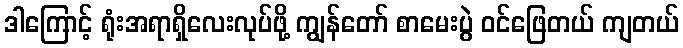
ဒါကြောင့် ရုံးအရာရှိလေးလုပ်ဖို့ ကျွန်တော် စာမေးပွဲ ဝင်ဖြေတယ် ကျတယ်